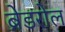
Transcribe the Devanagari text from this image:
ब्रेडरोल